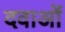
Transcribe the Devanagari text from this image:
दवाअों